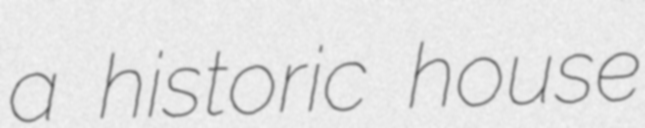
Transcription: a historic house